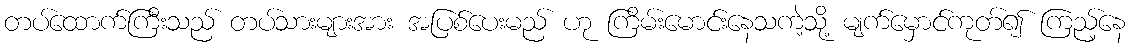
တပ်ထောက်ကြီးသည် တပ်သားများအား အပြစ်ပေးမည် ဟု ကြိမ်းမောင်းနေသကဲ့သို့ မျက်မှောင်ကုတ်၍ ကြည့်နေ